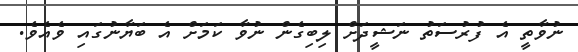
ނުވާތީ އެ ފުރުސަތު ނަޝީދަށް ލިބިގެން ނުވާ ކަމަށް އެ ބަޔާނުގައި ވެއެވެ.